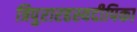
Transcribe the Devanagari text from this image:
त्रिपुरारहस्यदीपिका